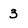
Character: 3